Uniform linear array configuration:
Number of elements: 8
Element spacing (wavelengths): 0.5
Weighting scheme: binomial
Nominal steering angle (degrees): -60
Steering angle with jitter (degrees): -61.257
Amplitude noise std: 0.05
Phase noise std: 0.05

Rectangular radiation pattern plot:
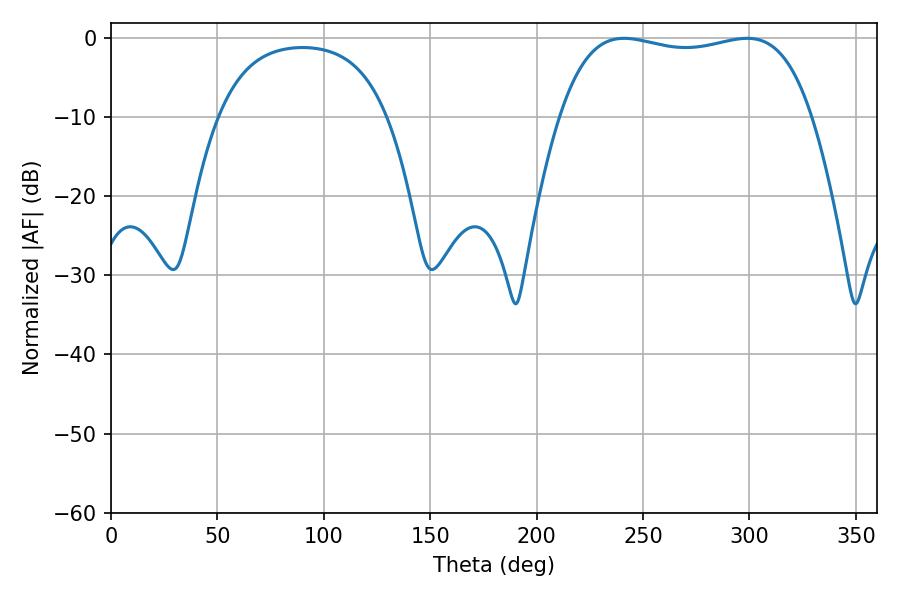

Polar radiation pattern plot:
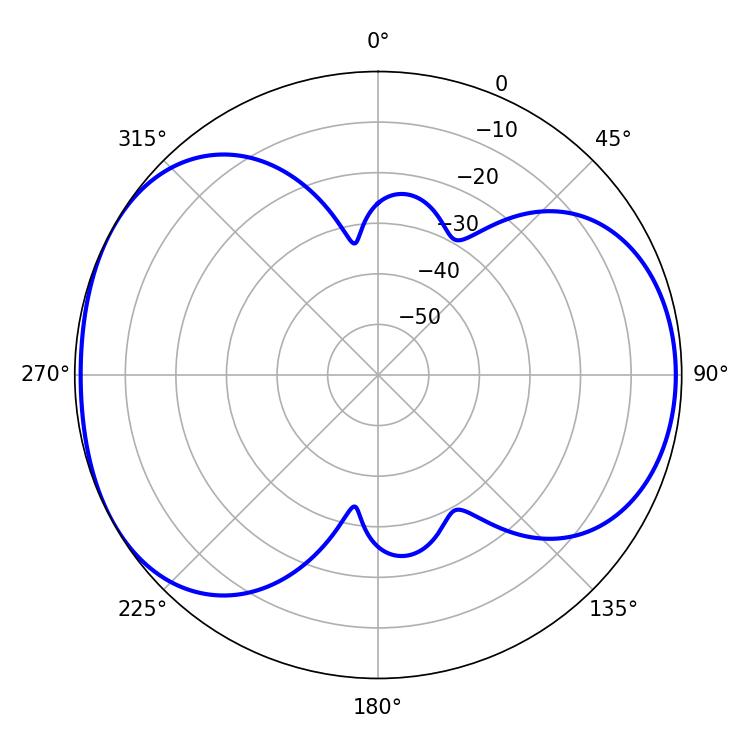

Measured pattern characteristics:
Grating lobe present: FALSE
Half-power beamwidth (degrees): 95.04
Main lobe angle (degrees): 241.02